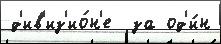
д'ив'из'ио́н'е  за од'и́н